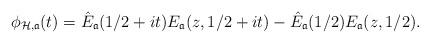
LaTeX: \begin{align*}\phi_{\mathcal{H}, \frak{a}} (t) = \hat{E}_{\mathfrak{a}} (1/2+ it) E_{\mathfrak{a}} (z, 1/2+ it) - \hat{E}_{\mathfrak{a}} (1/2) E_{\mathfrak{a}} (z, 1/2).\end{align*}